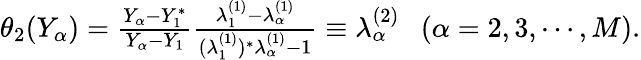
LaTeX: \begin{array}{r}{\theta_{2}(Y_{\alpha})=\frac{Y_{\alpha}-Y_{1}^{*}}{Y_{\alpha}-Y_{1}}\frac{\lambda_{1}^{(1)}-\lambda_{\alpha}^{(1)}}{(\lambda_{1}^{(1)})^{*}\lambda_{\alpha}^{(1)}-1}\equiv\lambda_{\alpha}^{(2)}\ \ \ (\alpha=2,3,\cdots,M).}\end{array}